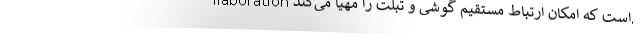
llaboration است که امکان ارتباط مستقیم گوشی و تبلت را مهیا می‌کند.